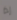
إذا